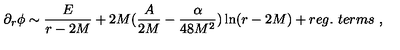
\partial _ { r } \phi \sim \frac { E } { r - 2 M } + 2 M ( \frac { A } { 2 M } - \frac { \alpha } { 4 8 M ^ { 2 } } ) \ln ( r - 2 M ) + r e g . \ t e r m s \ ,